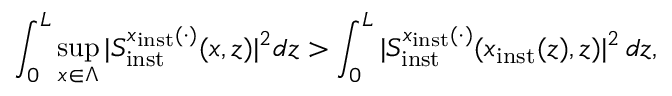
\int _ { 0 } ^ { L } \operatorname* { s u p } _ { x \in \Lambda } \vert S _ { \mathrm { i n s t } } ^ { x _ { \mathrm { i n s t } } ( \cdot ) } ( x , z ) \vert ^ { 2 } d z > \int _ { 0 } ^ { L } \vert S _ { \mathrm { i n s t } } ^ { x _ { \mathrm { i n s t } } ( \cdot ) } ( x _ { \mathrm { i n s t } } ( z ) , z ) \vert ^ { 2 } \, d z ,